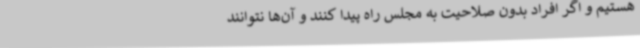
هستیم و اگر افراد بدون صلاحیت به مجلس راه پیدا کنند و آن‌ها نتوانند